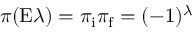
\pi ( \mathrm { E } \lambda ) = \pi _ { \mathrm { i } } \pi _ { \mathrm { f } } = ( - 1 ) ^ { \lambda }